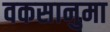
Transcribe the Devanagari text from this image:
वकसानुमा